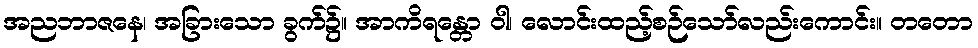
အညဘာဇနေ၊ အခြားသော ခွက်၌။ အာကိရန္တော ဝါ၊ လောင်းထည့်စဉ်သော်လည်းကောင်း။ တတော